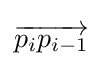
{\overrightarrow {p_{i}p_{i-1}}}